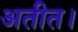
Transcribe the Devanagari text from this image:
अतीत।